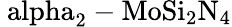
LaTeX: \mathrm{\ alpha_{2}-MoSi_{2}N_{4}}